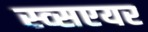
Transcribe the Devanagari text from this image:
स्व्सएयर